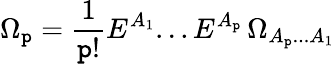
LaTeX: \Omega_{\mathtt{p}}=\frac{{1}}{{\mathtt{p}!}}E^{A_{1}}...E^{A_{\mathtt{p}}}\, \Omega_{{A_{\mathtt{p}}}...{A_{1}}}